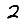
Digit: 2